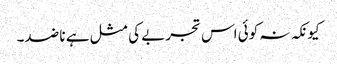
کیونکہ نہ کوئی اس تجربے کی مثل ہے نا ضد۔